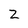
Character: Z